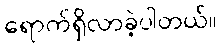
ရောက်ရှိလာခဲ့ပါတယ်။